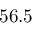
5 6 . 5